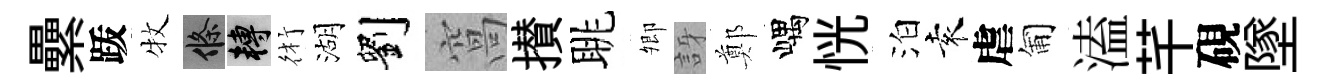
纍䟦牧條轉術湖劉窩攅眺𡖖訝鄭嵎恍泊袁虐匍溘芊硯墜